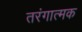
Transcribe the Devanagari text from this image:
तरंगात्मक